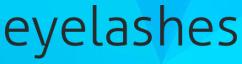
eyelashes